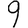
Digit: 9